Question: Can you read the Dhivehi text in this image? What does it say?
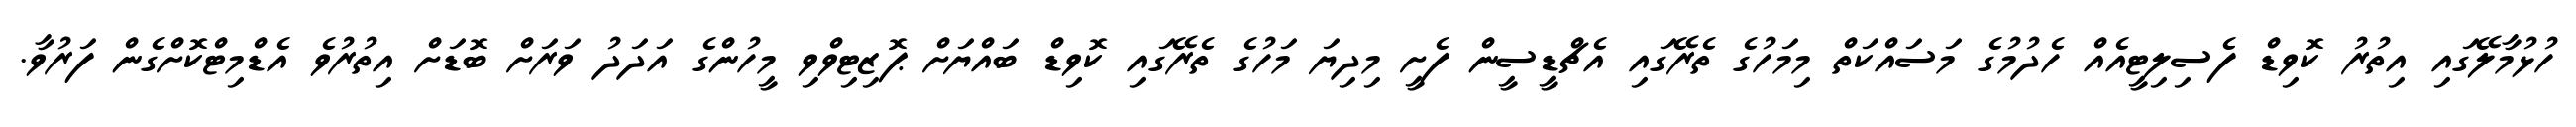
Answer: ހުޅުމާލޭގައި އިތުރު ކޮވިޑް ފެސިލިޓީއެއް ހެދުމުގެ މަސައްކަތް މިމަހުގެ ތެރޭގައި އެޗްޑީސީން ފެށީ މިދިޔަ މަހުގެ ތެރޭގައި ކޮވިޑް ބައްޔަށް ޕޮޒިޓިވްވި މީހުންގެ އަދަދު ވަރަށް ބޮޑަށް އިތުރުވެ އެޑްމިޓްކޮށްގެން ފަރުވާ.